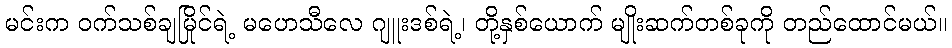
မင်းက ဝက်သစ်ချမြိုင်ရဲ့ မဟေသီလေ ဂျူးဒစ်ရဲ့၊ တို့နှစ်ယောက် မျိုးဆက်တစ်ခုကို တည်ထောင်မယ်။